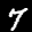
Label: 7